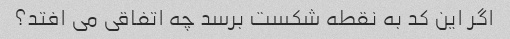
اگر این کد به نقطه شکست برسد چه اتفاقی می افتد؟